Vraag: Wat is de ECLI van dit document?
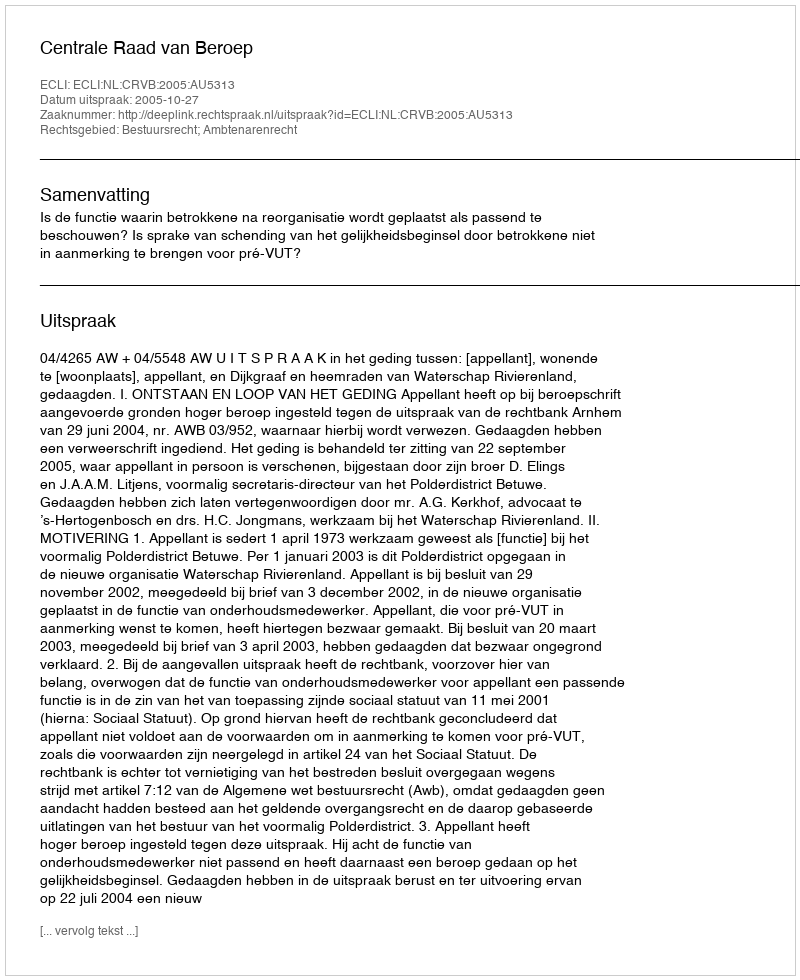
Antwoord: ECLI:NL:CRVB:2005:AU5313